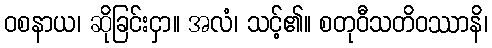
ဝစနာယ၊ ဆိုခြင်းငှာ။ အလံ၊ သင့်၏။ စတုဝီသတိဝဿာနိ၊